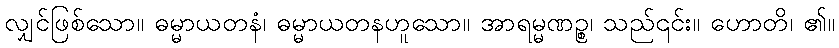
လျှင်ဖြစ်သော။ ဓမ္မာယတနံ၊ ဓမ္မာယတနဟူသော။ အာရမ္မဏဉ္စ၊ သည်၎င်း။ ဟောတိ၊ ၏။